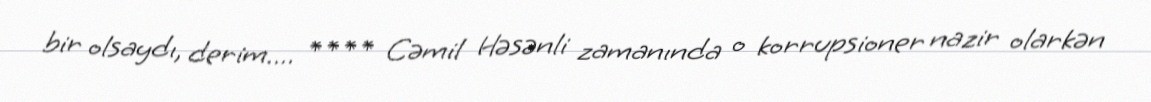
bir olsaydı, derim.... **** Cəmil Həsənli zamanında o korrupsioner nazir olarkən